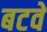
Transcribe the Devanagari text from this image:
बटवे